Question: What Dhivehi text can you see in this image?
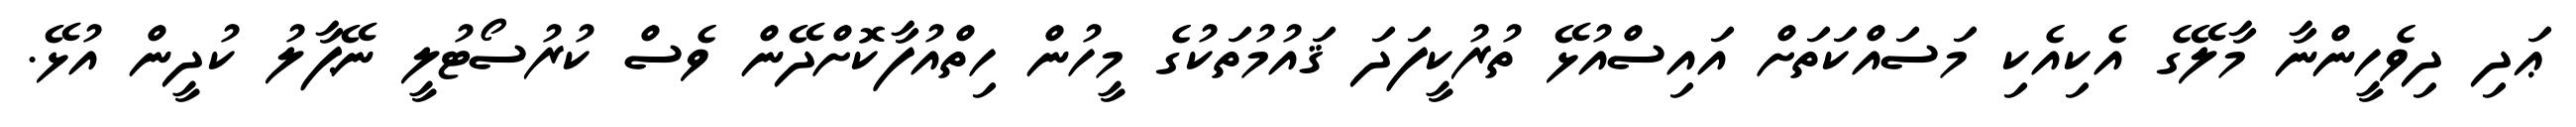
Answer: ޢަދި ދިވެހީންނާ މާލޭގެ އެކިއެކި މަސައްކަތަށް އައިސްއުޅޭ ތުރުކީފަދަ ޤައުމުތަކުގެ މީހުން ހިތްއުފާކޮށްދޭން ވެސް ކުރުސޯޓުލީ ނޭޕާލު ކުދީން އުޅޭ.